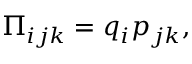
\Pi _ { i j k } = q _ { i } p _ { j k } ,